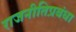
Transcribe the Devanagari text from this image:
राजनीतिप्रबंधा